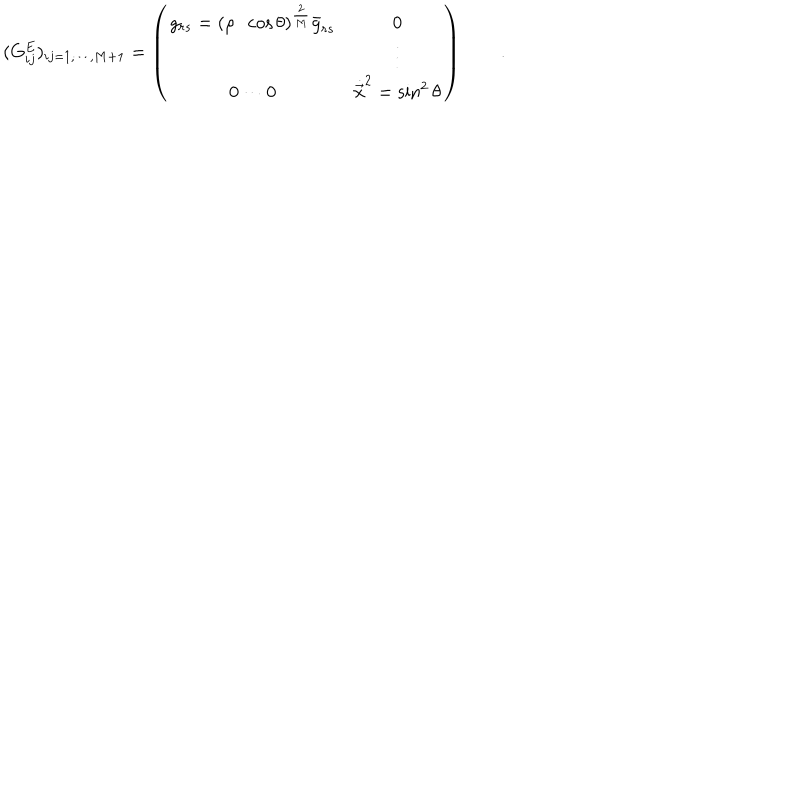
LaTeX: ( G _ { i j } ^ { E } ) _ { i j = 1 , \cdots , M + 1 } = \left( \begin{array} { c c } { { \displaystyle g _ { r s } = ( \rho \cdot \cos \theta ) ^ { \frac { 2 } { M } } { \bar { g } } _ { r s } } } & { { \displaystyle 0 } } \\ { { } } & { { \vdots } } \\ { { 0 \cdots 0 } } & { { { \dot { \vec { x } } } ^ { 2 } = \sin ^ { 2 } \theta } } \\ \end{array} \right) \qquad .